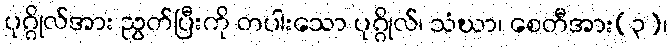
ပုဂ္ဂိုလ်အား ညွတ်ပြီးကို တပါးသော ပုဂ္ဂိုလ်၊ သံဃာ၊ စေတီအား(၃)၊